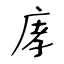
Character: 庨